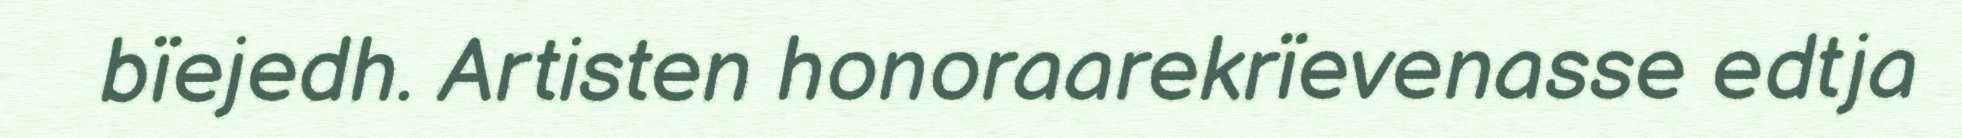
bïejedh. Artisten honoraarekrïevenasse edtja